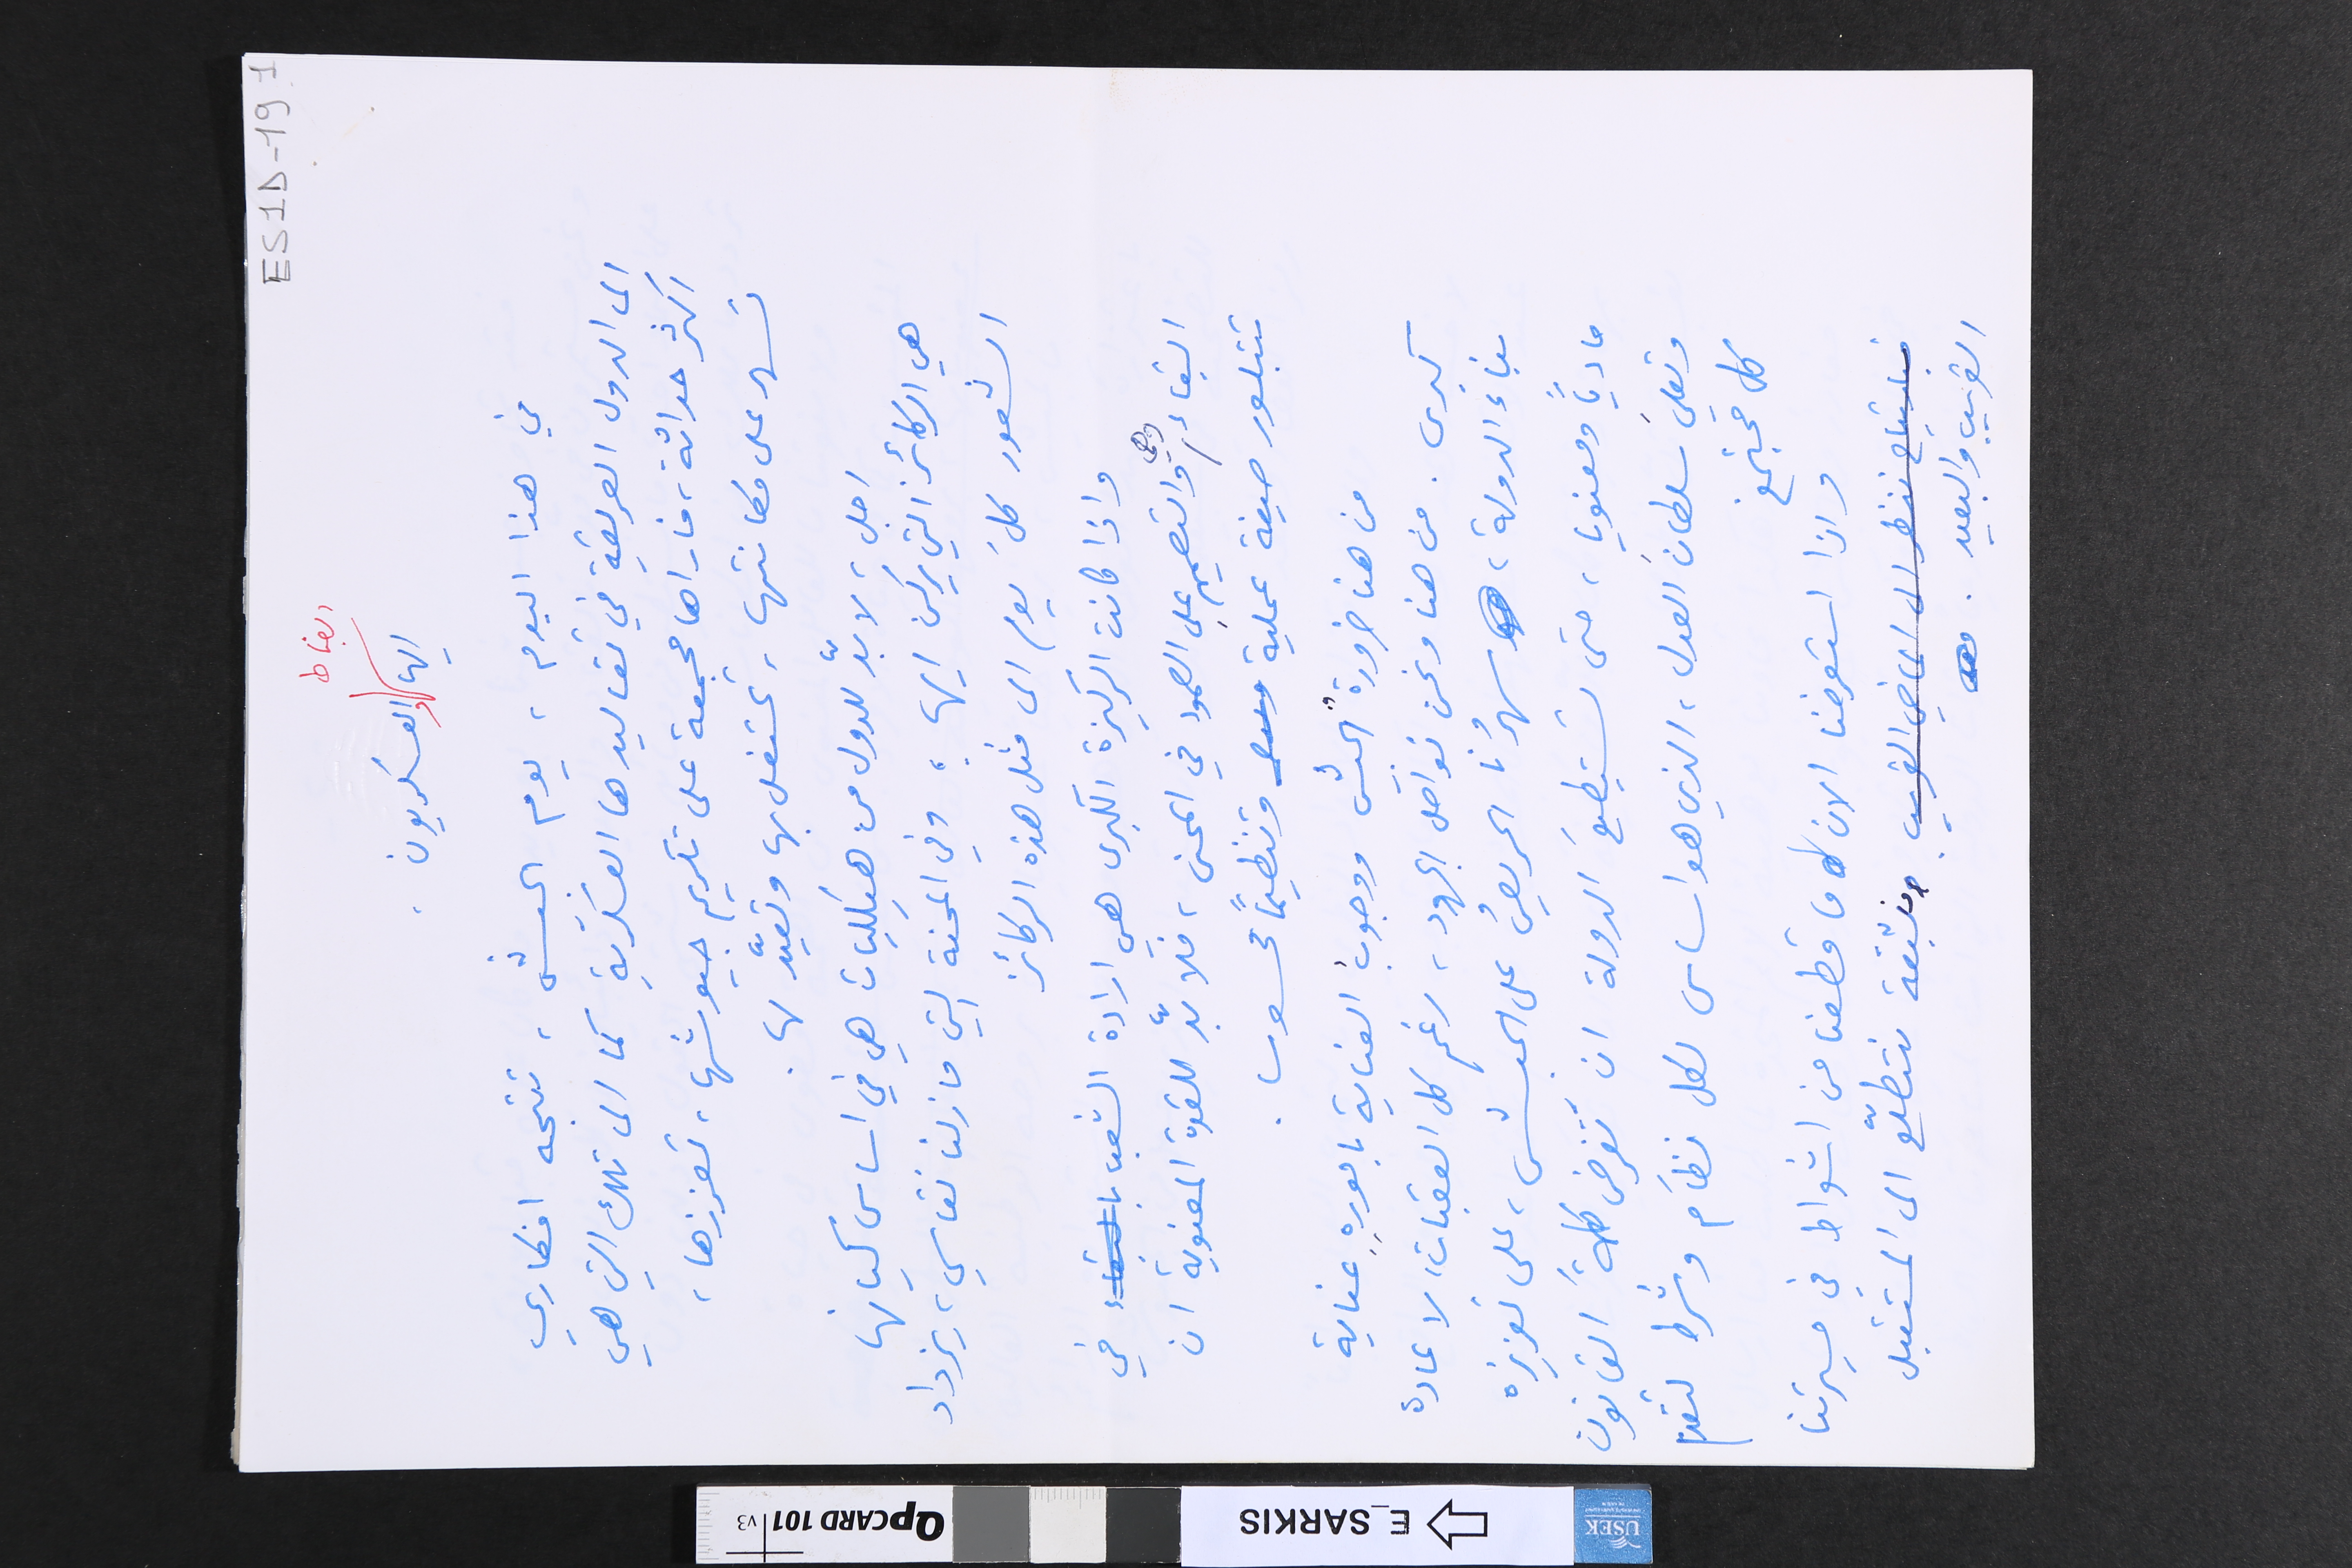
ES1D-19 ١
ايها الضباط والعسكريون
في هذا اليوم، يوم الجيش، تتجه افكاري
الى الدول العريقة في تقاليدها العسكرية كما الى تلك التي هي
اكثر حداثة، فاراها مجمعة على تكريم جيوشها، تعززها،
تسهر على مكانتها، تحتفل بها وتعيّد لها.
اجل، لا بدّ للدول من هيكليات هي في اساس كيانها
هي الركائز التي يركن اليها، وفي المحنة التي ما زلنا نقاسي، يزداد
الشعور كلَ يوم الى مثل هذه الركائز
واذا كانت الركيزة الكبرى هي ارادة الشعب في
البقاء وهي والتصميم على الصمود في المحن، فلا بدّ للقوة المعنوية ان
تتبلور صيغة عملية وتنظيماً محسوسا.
من هنا ضرورةُ الجيش ووجوبُ العناية بامورِهِ عناية
كبرى. من هنا ونحن نواصلَ الجهود، رغم كل العقبات، لاعادة
بناء الدولة، سهرُنا الحريصُ على الجيش، على تعزيزه
مادياً ومعنويا، حتى تستطيعَ الدولة ان تَفرض كلمةَ القانون
وتعليَ سلطانَ العدل، الذي هو اساس لكل نظَام وشرط تتقدم
كل مجتمع.
واذا استعرضنا الان ما قطعنا من اشواط في مسيرتنا
ومنبثقة نتطلّع الى المستقبل
القريب والبعيد.